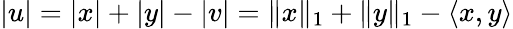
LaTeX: |u|=|x|+|y|-|v|=\| x\| _{1}+\| y\| _{1}-\langle x,y\rangle